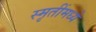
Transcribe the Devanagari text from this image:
स्मृतींमध्ये